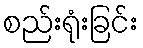
စည်းရုံးခြင်း